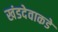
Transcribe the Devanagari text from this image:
खंडदेवाकडे